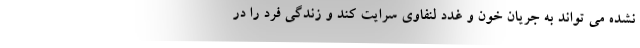
نشده می تواند به جریان خون و غدد لنفاوی سرایت کند و زندگی فرد را در